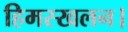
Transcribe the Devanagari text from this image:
हिमस्खलन।